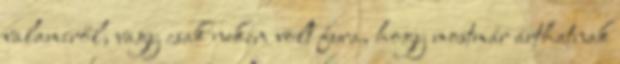
valamiről, vagy csak nekem volt fura, hogy mostmár árthatnak